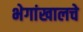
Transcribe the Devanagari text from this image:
भेगांखालचे